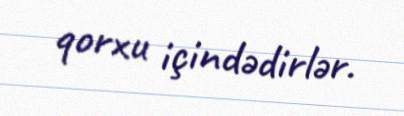
qorxu içindədirlər.